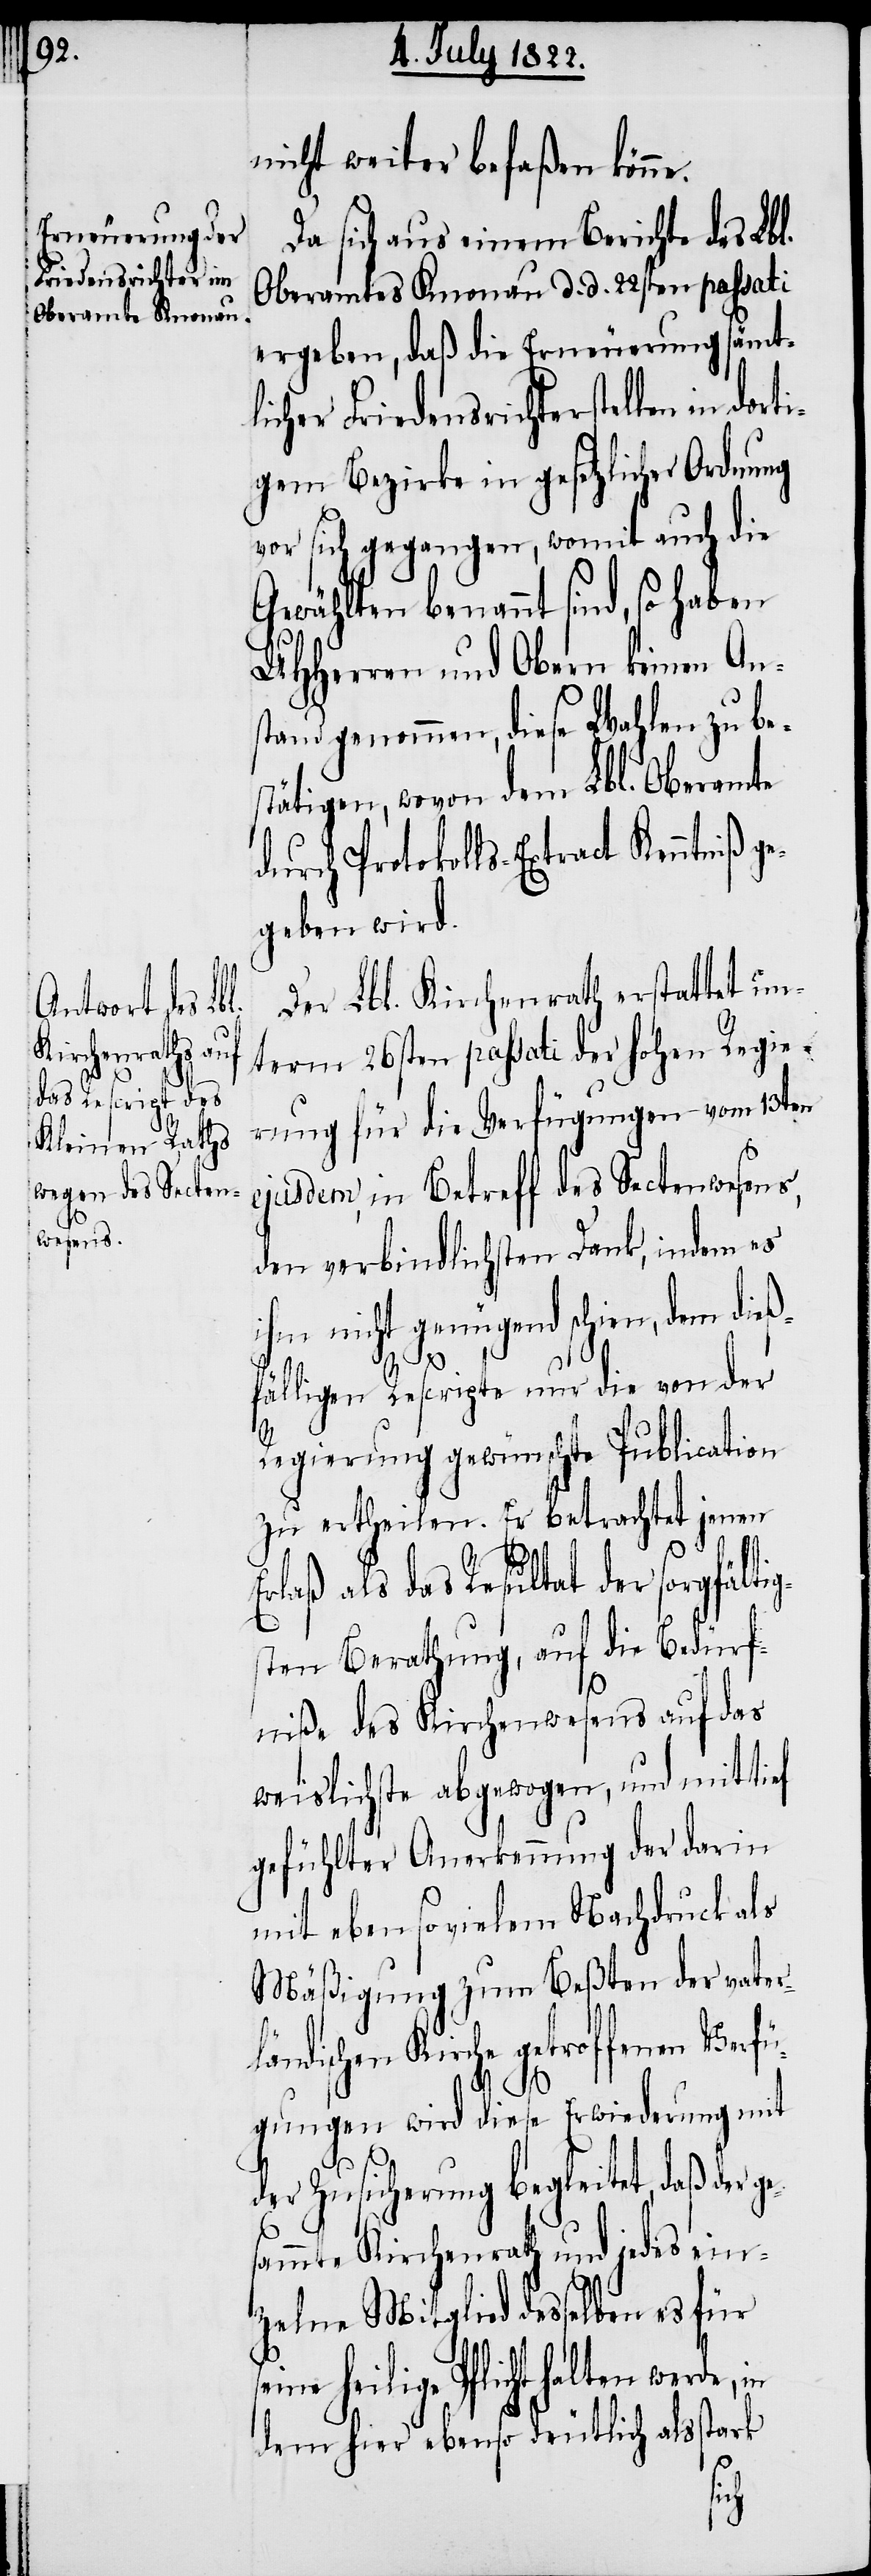
seine heil¬

nicht weiter befaßen könne.
Da sich aus einem Berichte des Lbl.
Oberamtes Knonau d. d. 22sten passati
ergeben, daß die Erneuerung sämtli¬
cher Friedensrichterstellen in dor¬
igem Bezirke in gesetzlicher Ordnung
vor sich gegangen, womit auch die
UHHerren und Obern keinen An¬
stand genommen, diese Wahlen zu be¬
stätigen, wovon dem Lbl. Oberamte
durch Protokolls-Extract Kenntniß ge¬
geben wird.
Der Lbl. Kirchenrath erstattet un¬
term 26sten passati der hohen Regie¬
rung für die Verfügungen vom 13ten
ejusdem, in Betreff des Sectenwesens,
den verbindlichsten Dank, indem es
ihm nicht genügend schien, dem dieß¬
fälligen Rescripte nur die von der
Regierung gewünschte Publication
zu ertheilen. Er betrachtet jenen
rlaß als das Resultat der sorgfälti¬
sten Berathung, auf die Bedürf¬
niße des Kirchenwesens auf das
weislichste abgewogen, und mit tief
gefühlter Anerkennung der darin
mit eben so vielem Nachdruck als
Mäßigung zum Beßten der vater¬
ländischen Kirche getroffenen Verfü¬
gungen wird diese Erwiederung mit
der Zusicherung begleitet, daß der g¬
ammte Kirchenrath und jedes ein¬
zelne Mitglied desselben es für
ige Pflicht halten werde,
dem hier ebenso deutlich als stark
s¬